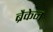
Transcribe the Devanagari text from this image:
ब्रैकेन